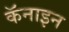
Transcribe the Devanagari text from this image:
कॅनाइन